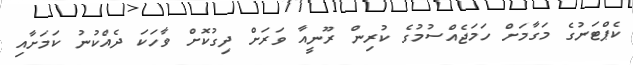
ކެޕްޓަނުގެ މަގާމަށް ހަމަޖެއްސުމުގެ ކުރިން ރޫނީއާ ވަރަށް ދިގުކޮށް ވާހަކަ ދެއްކުނު ކަމަށާއި